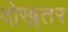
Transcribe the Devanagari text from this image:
दोख़्तर